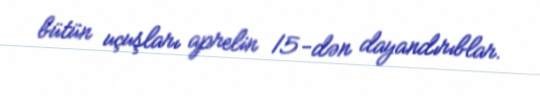
bütün uçuşları aprelin 15-dən dayandırıblar.